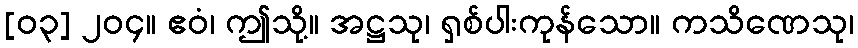
[၀၃] ၂၀၄။ ဧဝံ၊ ဤသို့။ အဋ္ဌသု၊ ရှစ်ပါးကုန်သော။ ကသိဏေသု၊